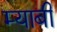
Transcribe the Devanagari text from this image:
म्याबी